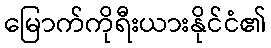
မြောက်ကိုရီးယားနိုင်ငံ၏